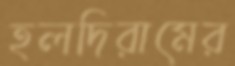
হলদিরামের